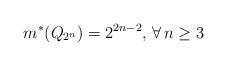
LaTeX: \begin{align*} m^*(Q_{2^n})=2^{2n-2}, \, \forall\, n\geq 3\end{align*}